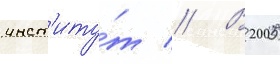
инст'иту́т // В 2005